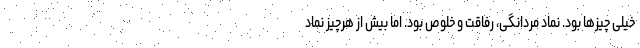
خیلی چیزها بود. نماد مردانگی، رفاقت و خلوص بود. اما بیش از هرچیز نماد